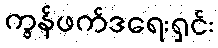
ကွန်ဖက်ဒရေးရှင်း